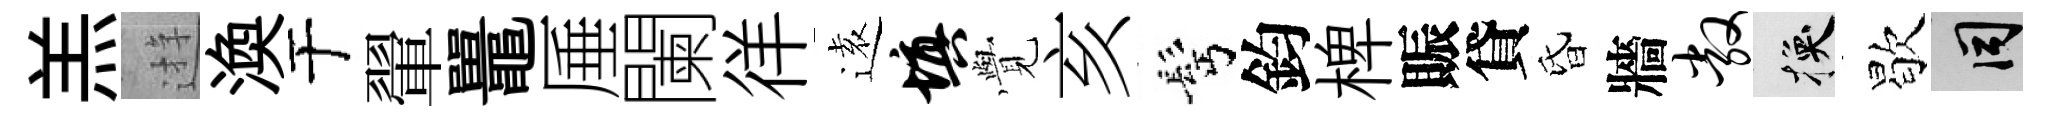
羔逰渙于翬鼉厜闌徉逺填𮗜亥髩鈞椑賑貸昏牆敞换歇间